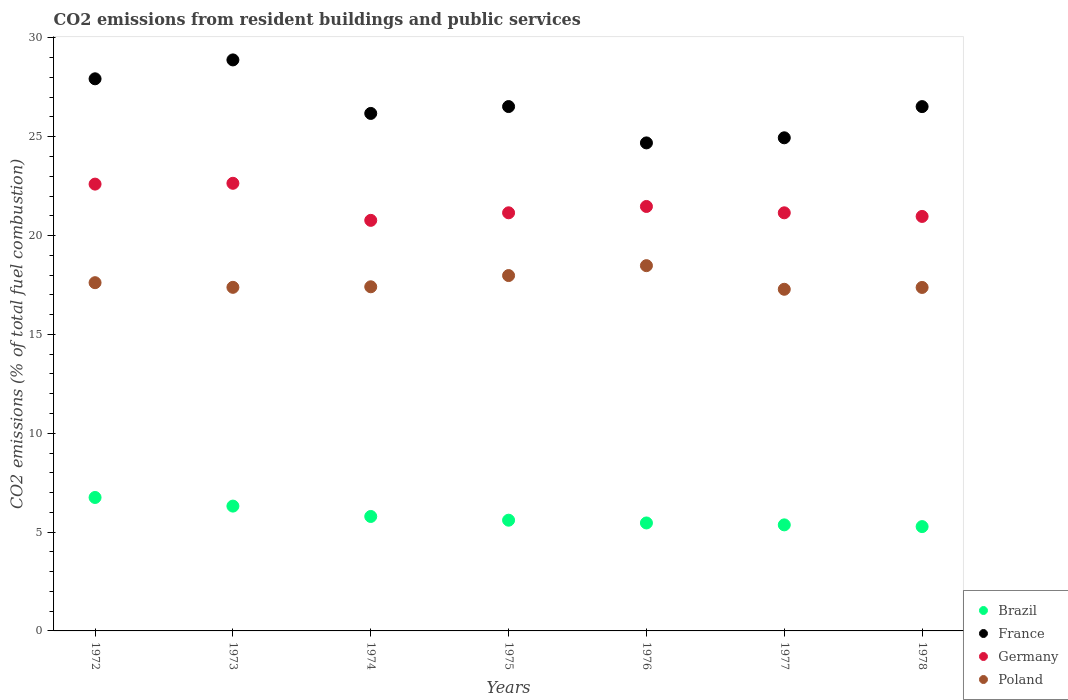
| Years | Brazil | France | Germany | Poland |
 | --- | --- | --- | --- | --- |
 | 1972 | 6.75 | 27.9 | 22.6 | 17.6 |
 | 1973 | 6.31 | 28.9 | 22.6 | 17.4 |
 | 1974 | 5.79 | 26.2 | 20.8 | 17.4 |
 | 1975 | 5.6 | 26.5 | 21.2 | 18 |
 | 1976 | 5.46 | 24.7 | 21.5 | 18.5 |
 | 1977 | 5.37 | 24.9 | 21.2 | 17.3 |
 | 1978 | 5.28 | 26.5 | 21 | 17.4 |